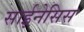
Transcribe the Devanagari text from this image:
साईनेसिस